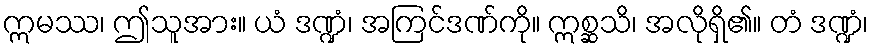
ဣမဿ၊ ဤသူအား။ ယံ ဒဏ္ဍံ၊ အကြင်ဒဏ်ကို။ ဣစ္ဆသိ၊ အလိုရှိ၏။ တံ ဒဏ္ဍံ၊